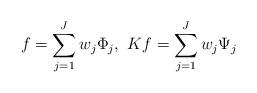
LaTeX: \begin{align*}f = \sum_{j=1}^J w_j \Phi_j, ~ Kf = \sum_{j=1}^J w_j \Psi_j\end{align*}